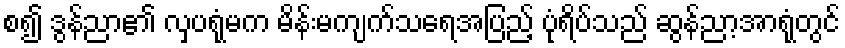
စ၍ ဒွန်ညာ၏ လှပရုံမက မိန်းမကျက်သရေအပြည့် ပုံရိပ်သည် ဆွန်ညာ့အာရုံတွင်